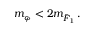
m _ { \varphi } < 2 m _ { \tilde { F } _ { 1 } } \, .